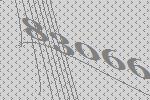
83066